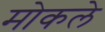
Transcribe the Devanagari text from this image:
मोकले